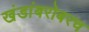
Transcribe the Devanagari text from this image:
खंडांबरोबरच